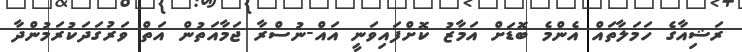
ރަޝިއާގެ ހަމަލާތައް އެންމެ ބޮޑަށް އަމާޒު ކޮށްފައިވަނީ އައް-ނުސްރާ ޖަމާއަތުން އަތް ވަރުގަދަކުރަމުންދާ